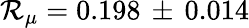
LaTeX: \mathcal{R}_{\mu}=0.198\, \pm\, 0.014